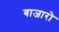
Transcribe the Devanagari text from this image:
बाजारो